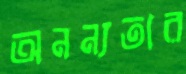
অনন্যতার